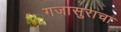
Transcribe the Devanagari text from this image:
गजासुराचा